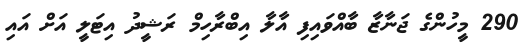
290 މީހުންގެ ޖަނާޒާ ބާއްވައިފި އާލާ އިބްރާހިމް ރަޝީދު އިޓަލީ އަށް އައި